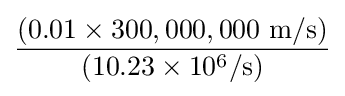
{\frac {(0.01\times 300,000,000\ \mathrm {m/s} )}{(10.23\times 10^{6}/\mathrm {s} )}}